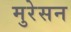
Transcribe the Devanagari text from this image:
मुरेसन